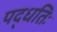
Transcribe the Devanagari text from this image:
पद्धतिः